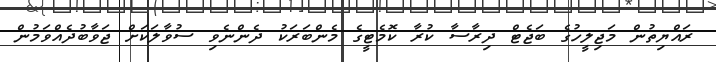
ރައްޔިތުން މަޖިލީހުގެ ބަޖެޓް ދިރާސާ ކުރާ ކޮމެޓީގެ މެންބަރަކު ދެންނެވި ސުވާލަކަށް ޖަވާބުދެއްވަމުން